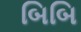
બિબિ